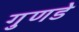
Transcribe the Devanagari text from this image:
गुणडे